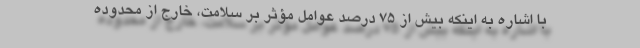
با اشاره به اینکه بیش از ۷۵ درصد عوامل مؤثر بر سلامت، خارج از محدوده